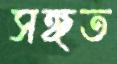
সঙ্গত